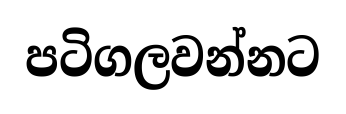
පටිගලවන්නට